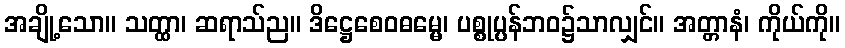
အချို့သော။ သတ္ထာ၊ ဆရာသ်ည။ ဒိဋ္ဌေစေဝဓမ္မေ၊ ပစ္စုပ္ပန်ဘဝ၌သာလျှင်။ အတ္တာနံ၊ ကိုယ်ကို။